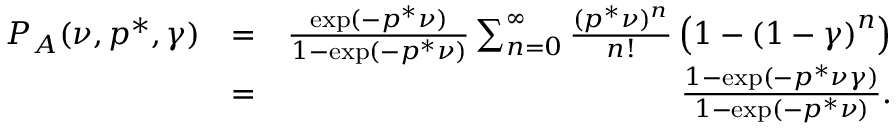
\begin{array} { r l r } { P _ { A } ( \nu , p ^ { * } , \gamma ) } & { = } & { \frac { \exp ( - p ^ { * } \nu ) } { 1 - \exp ( - p ^ { * } \nu ) } \sum _ { n = 0 } ^ { \infty } \frac { ( p ^ { * } \nu ) ^ { n } } { n ! } \left( 1 - \left( 1 - \gamma \right) ^ { n } \right) } \\ & { = } & { \frac { 1 - \exp ( - p ^ { * } \nu \gamma ) } { 1 - \exp ( - p ^ { * } \nu ) } . } \end{array}